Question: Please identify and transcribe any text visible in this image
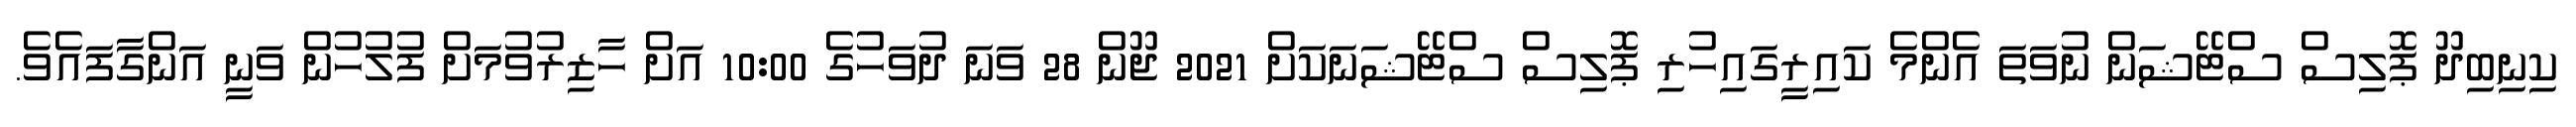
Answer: ކިނިބިދޫ ޕޮލިސް ސްޓޭޝަން ނުވަތަ އެންމެ ކައިރީގައިހުރި ޕޮލިސް ސްޓޭޝަނަކަށް 2021 ޖޫން 28 ވަނަ ދުވަހުގެ 10:00 އަށް ހާޒިރުވުމަށް ފުލުހުން ވަނީ އަންގާފައެވެ.